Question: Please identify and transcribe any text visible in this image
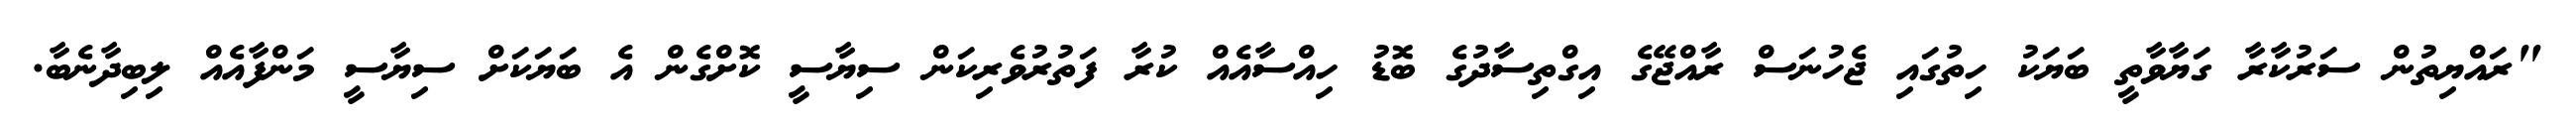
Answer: "ރައްޔިތުން ސަރުކާރާ ގަޔާވާތީ ބަޔަކު ހިތުގައި ޖެހުނަސް ރާއްޖޭގެ އިގްތިސާދުގެ ބޮޑު ހިއްސާއެއް ކުރާ ފަތުރުވެރިކަން ސިޔާސީ ކޮށްގެން އެ ބަޔަކަށް ސިޔާސީ މަންފާއެއް ލިބިދާނެބާ.